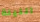
الليلة